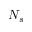
N _ { s }